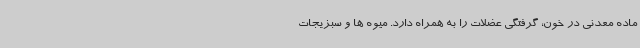
ماده معدنی در خون، گرفتگی عضلات را به همراه دارد. میوه ها و سبزیجات